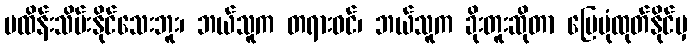
မထိန်းသိမ်းနိုင်သေးဘူး၊ ဘယ်သူက တရားဝင်၊ ဘယ်သူက ခိုးတူးဆိုတာ မြေပုံထုတ်နိုင်မှ